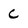
Character: C